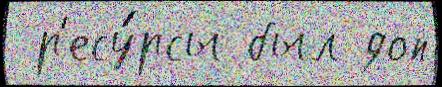
 р'есу́рсы был доп